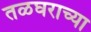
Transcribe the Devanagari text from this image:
तळघराच्या